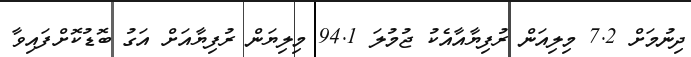
ދިނުމަށް 7.2 މިލިއަން ރުފިޔާއާއެކު ޖުމުލަ 94.1 މިލިޔަން ރުފިޔާއަށް އަގު ބޮޑުކޮށްފައިވާ